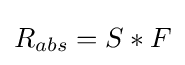
{R_{abs}}=S*F